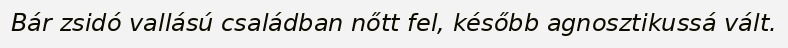
Bár zsidó vallású családban nőtt fel, később agnosztikussá vált.